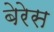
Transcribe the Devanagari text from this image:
बेरेस